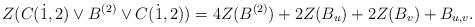
\begin{align*} Z(C(\dot1,2) \vee B^{(2)}\vee C(\dot1,2))= 4Z(B^{(2)})+2Z(B_u)+2Z(B_v)+B_{u,v}. \end{align*}